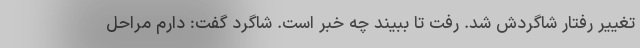
تغییر رفتار شاگردش شد. رفت تا ببیند چه خبر است. شاگرد گفت: دارم مراحل